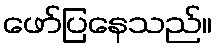
ဖော်ပြနေသည်။